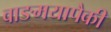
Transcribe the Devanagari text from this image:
वाङमयापैकी